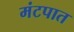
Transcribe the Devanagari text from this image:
मंटपात